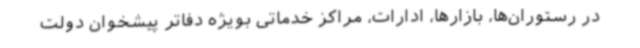
در رستوران‌ها، بازارها، ادارات، مراکز خدماتی بویژه دفاتر پیشخوان دولت